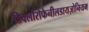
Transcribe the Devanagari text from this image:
डिक्लोरोफेनीलडायज़ोनियम